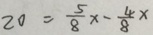
2 0 = \frac { 5 } { 8 } x - \frac { 4 } { 8 } x